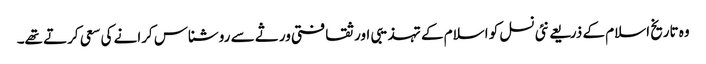
وہ تاریخ اسلام کے ذریعے نئی نسل کو اسلام کے تہذیبی اور ثقافتی ورثے سے روشناس کرانے کی سعی کرتے تھے۔